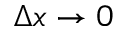
\Delta x \rightarrow 0